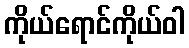
ကိုယ်ရောင်ကိုယ်ဝါ